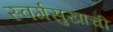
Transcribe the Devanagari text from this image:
स्वर्गसुखाची